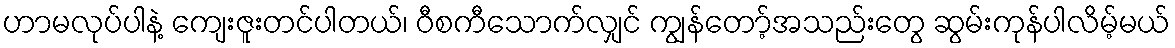
ဟာမလုပ်ပါနဲ့ ကျေးဇူးတင်ပါတယ်၊ ဝီစကီသောက်လျှင် ကျွန်တော့်အသည်းတွေ ဆွမ်းကုန်ပါလိမ့်မယ်